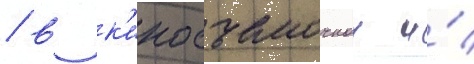
/ в к'иносъемочнои и́